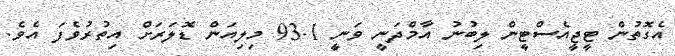
އެގޮތުން ޓީޖީއެސްޓީން ލިބުނު އާމްދަނީ ވަނީ 93.1 މިލިއަން ޑޮލަރަށް އިތުރުވެފަ އެވެ.